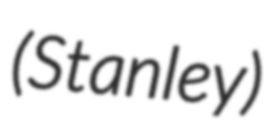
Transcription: (Stanley)